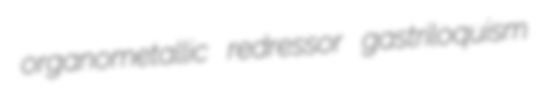
organometallic redressor gastriloquism